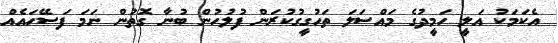
އެކަމަކު އަލީ ހަމީދުގެ މައްސަލަ ތަހުގީގުކުރަން ފުލުހުން ބުނާ ގޮތުން ނަމަ ފަސޭހައެއް